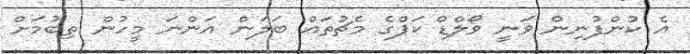
އެ ކުންފުނިން ވަނީ ވޯލްޑް ކަޕްގެ މެޗުތައް ބަލަން އަންނަ މީހުން ތިބުމަށް